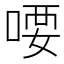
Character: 喓